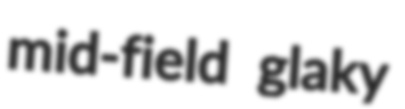
mid-field glaky